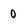
Character: 0